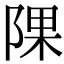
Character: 𨺁